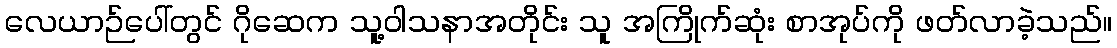
လေယာဉ်ပေါ်တွင် ဂိုဆေက သူ့ဝါသနာအတိုင်း သူ အကြိုက်ဆုံး စာအုပ်ကို ဖတ်လာခဲ့သည်။